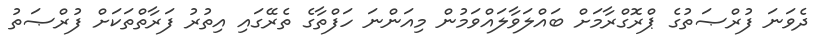
ދެވަނަ ފުރްޞަތުގެ ޕްރޮގްރާމަށް ބައްލަވާލައްވަމުން މިއަންނަ ހަފްތާގެ ތެރޭގައި އިތުރު ފަރާތްތަކަށް ފުރްޞަތު